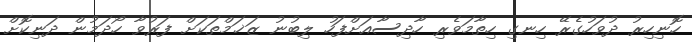
ހޮނިހިރު ދުވަހުގެރޭ ހިނގި ހިތާމަވެރި ހާދިސާއަށްފަހު ލިބުނު ޒަޚަމްތަކަށް ފަރުވާ ހޯދަމުން ދަނިކޮށް